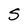
Character: S